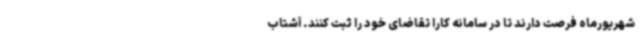
شهریورماه فرصت دارند تا در سامانه کارا تقاضای خود را ثبت کنند. آشتاب